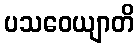
ပသဝေယျာတိ